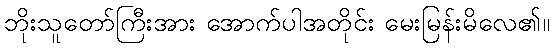
ဘိုးသူတော်ကြီးအား အောက်ပါအတိုင်း မေးမြန်းမိလေ၏။